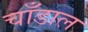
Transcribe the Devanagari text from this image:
चाँडाल